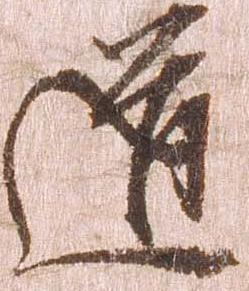
道